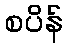
စပိန်